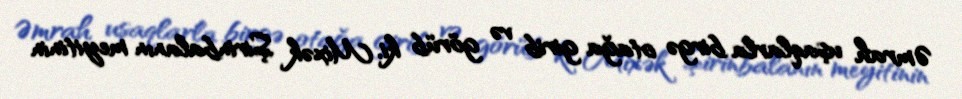
Əmrah uşaqlarla birgə otağa girib və görüb ki, Mixək Şirinbalanın meyitinin